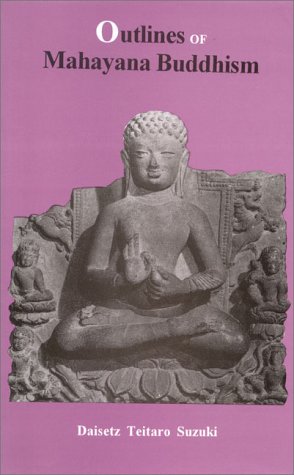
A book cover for Outlines of Mahayana Buddhism; Daisetz Teitaro Suzuki; Religion & Spirituality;